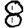
Digit: 8